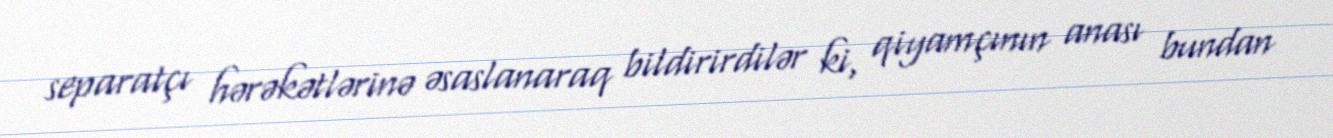
separatçı hərəkətlərinə əsaslanaraq bildirirdilər ki, qiyamçının anası bundan